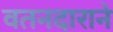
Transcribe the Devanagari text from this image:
वतनदाराने